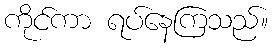
ကိုင်ကာ ရပ်နေကြသည်။